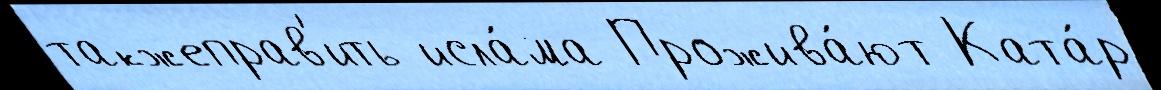
такжеправ'ить исла́ма Прожива́ют Ката́р